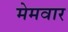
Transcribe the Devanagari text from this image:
मेमवार